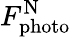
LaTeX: F_{\mathrm{photo}}^{\mathrm{N}}